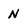
Character: N